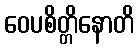
ဝေပစိတ္တိနောတိ